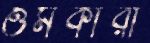
ওমকারা